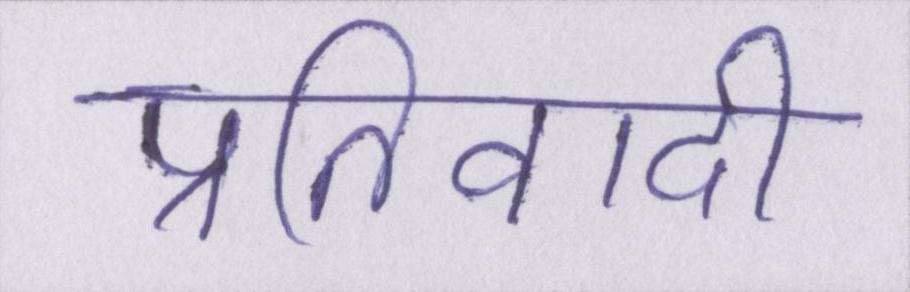
प्रतिवादी